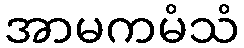
အာမကမံသံ